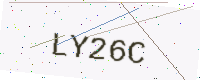
Text: LY26C